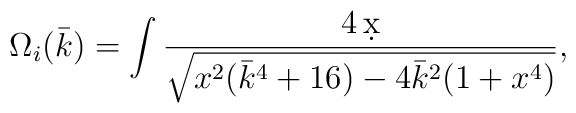
\Omega_i(\bar k)=\int\frac{4\,\d x}{\sqrt{x^2(\bar k^4+16)-4\bar k^2(1+x^4)}},